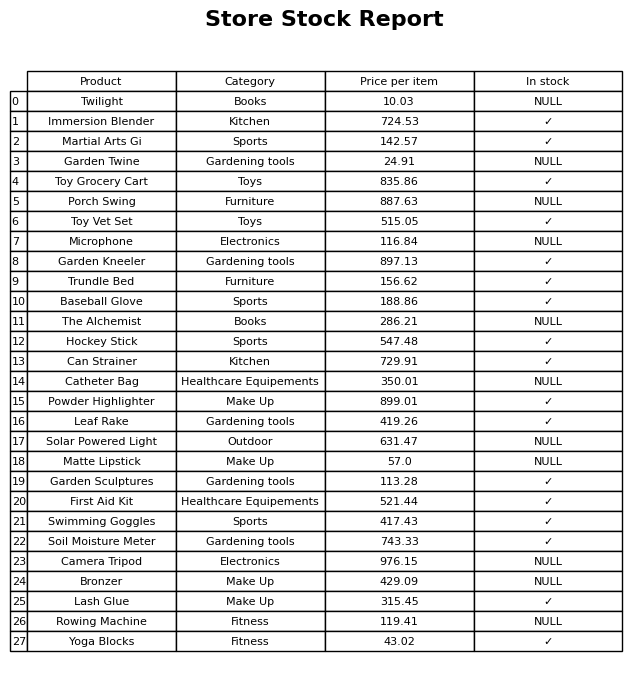
question: Which products are currently out of stock?
answer: Twilight, Garden Twine, Porch Swing, Microphone, The Alchemist, Catheter Bag, Solar Powered Light, Matte Lipstick, Camera Tripod, Bronzer, Rowing Machine